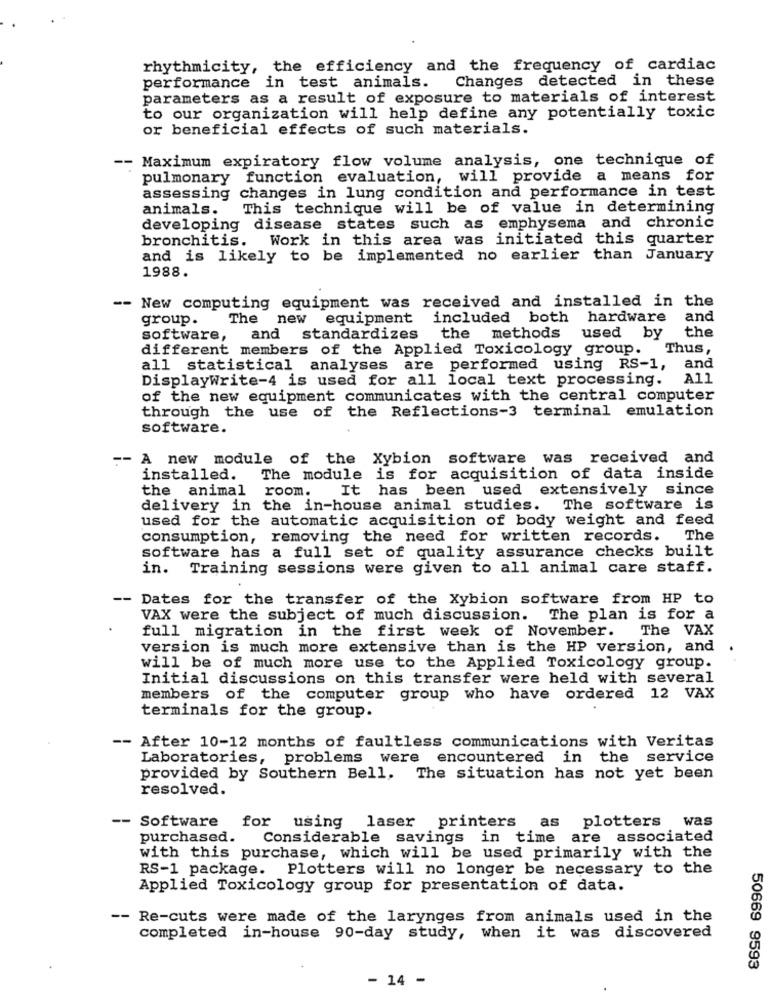
rhythmicity, the efficiency and the frequency of cardiac
Changes detected in these
performance in test animals.
parameters as a result of exposure to materials of interest
to our organization will help define any potentially toxic
or beneficial effects of such materials.
-- Maximum expiratory flow volume analysis, one technique of
pulmonary function evaluation, will provide a means for
assessing changes in lung condition and performance in test
animals.
This technique will be of value in determining
developing disease states such as emphysema and chronic
bronchitis.
Work in this area was initiated this quarter
and is likely to be implemented no earlier than January
1988.
-- New computing equipment was received and installed in the
group.
The new equipment included both
hardware
and
the
software,
and standardizes the methods
used by
different members of the Applied Toxicology group.
Thus,
all statistical analyses are performed using RS-1,
and
DisplayWrite-4 is used for all local text processing.
A11
of the new equipment communicates with the central computer
through the use of the Reflections-3 terminal emulation
software.
-- A new module of the Xybion software was received and
installed. The module is for acquisition of data inside
the animal room.
It has been used extensively since
delivery in the in-house animal studies. The software is
used for the automatic acquisition of body weight and feed
consumption, removing the need for written records.
The
software has a full set of quality assurance checks built
in. Training sessions were given to all animal care staff.
-- Dates for the transfer of the Xybion software from HP to
VAX were the subject of much discussion.
The plan is for a
The VAX
full migration in the first week of November.
version is much more extensive than is the HP version, and
.
will be of much more use to the Applied Toxicology group.
Initial discussions on this transfer were held with several
members of the computer group who have ordered 12 VAX
terminals for the group.
-- After 10-12 months of faultless communications with Veritas
Laboratories, problems were encountered in the service
provided by Southern Bell, The situation has not yet been
resolved.
-- Software
for using laser printers
as plotters
was
purchased.
Considerable savings in time are associated
with this purchase, which will be used primarily with the
RS-1 package. Plotters will no longer be necessary to the
Applied Toxicology group for presentation of data.
-- Re-cuts were made of the larynges from animals used in the
completed in-house 90-day study, when it was discovered
50669 9593
- 14 -